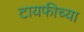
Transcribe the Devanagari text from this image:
टायफीच्या